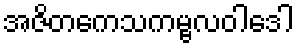
အဇိတကေသကမ္ဗလဝါဒေါ